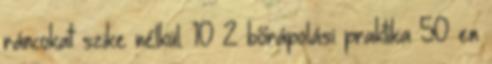
ráncokat szike nélkül. 10 2 bőrápolási praktika 50 en